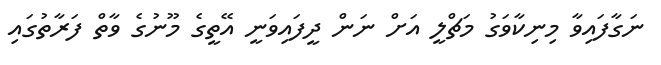
ނަގާފައިވާ މިނިކާވަގު މަޗްލީ އަށް ނަން ދީފައިވަނީ އޭތީގެ މޫނުގެ ވާތް ފަރާތުގައި